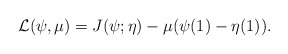
\begin{align*}{\cal L}(\psi,\mu) = J(\psi;\eta)-\mu (\psi(1)-\eta(1)).\end{align*}